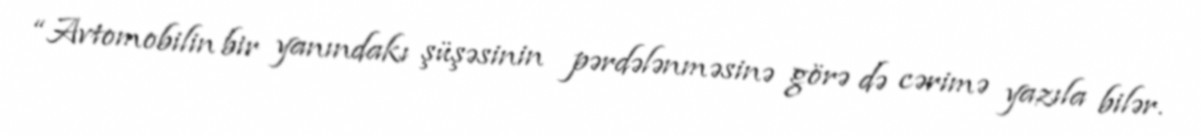
“Avtomobilin bir yanındakı şüşəsinin pərdələnməsinə görə də cərimə yazıla bilər.